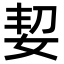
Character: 㛃